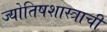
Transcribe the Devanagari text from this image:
ज्योतिषशास्त्राची